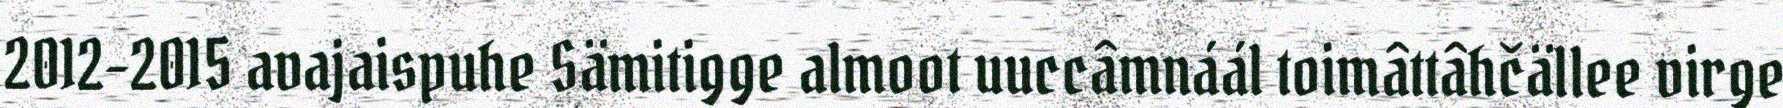
2012-2015 avajaispuhe Sämitigge almoot uuccâmnáál toimâttâhčällee virge